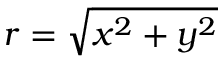
r = \sqrt { x ^ { 2 } + y ^ { 2 } }